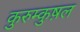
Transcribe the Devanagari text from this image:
कुरुम्कुष़ल